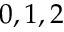
0 , 1 , 2